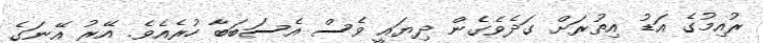
ރުއިމުގެ އަޑު އިތުރަށް ގަދެވެގެން ދިޔައީ ވެސް އެސަބަބާ ހުރެއެވެ. އޭރު އޭނަގެ